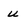
Character: u